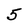
Character: 5